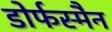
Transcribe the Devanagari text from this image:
डोर्फस्मैन